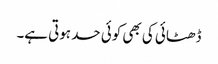
ڈھٹائی کی بھی کوئی حد ہوتی ہے۔